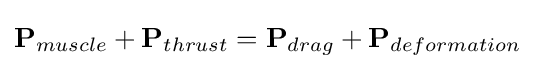
\mathbf {P} _{muscle}+\mathbf {P} _{thrust}=\mathbf {P} _{drag}+\mathbf {P} _{deformation}